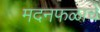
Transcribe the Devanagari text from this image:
मदनफळाचे